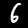
Label: 6